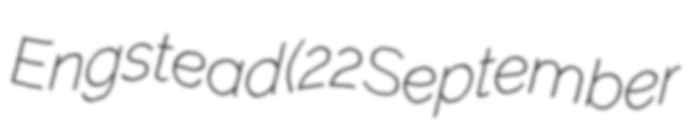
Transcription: Engstead (22 September